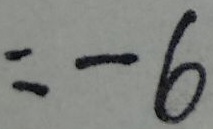
= - 6